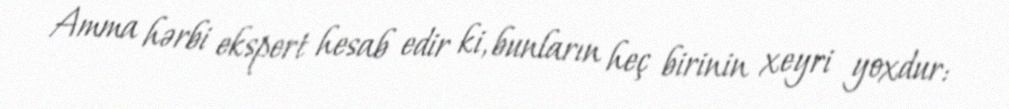
Amma hərbi ekspert hesab edir ki, bunların heç birinin xeyri yoxdur: